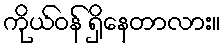
ကိုယ်ဝန် ရှိနေတာလား။